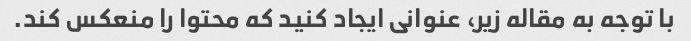
با توجه به مقاله زیر، عنوانی ایجاد کنید که محتوا را منعکس کند.